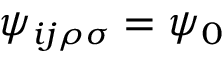
\psi _ { i j \rho \sigma } = \psi _ { 0 }